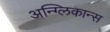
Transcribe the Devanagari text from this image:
अन्ग्लिकान्स